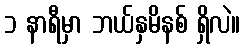
၁ နာရီမှာ ဘယ်နှမိနစ် ရှိလဲ။